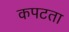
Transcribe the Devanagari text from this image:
कपटता